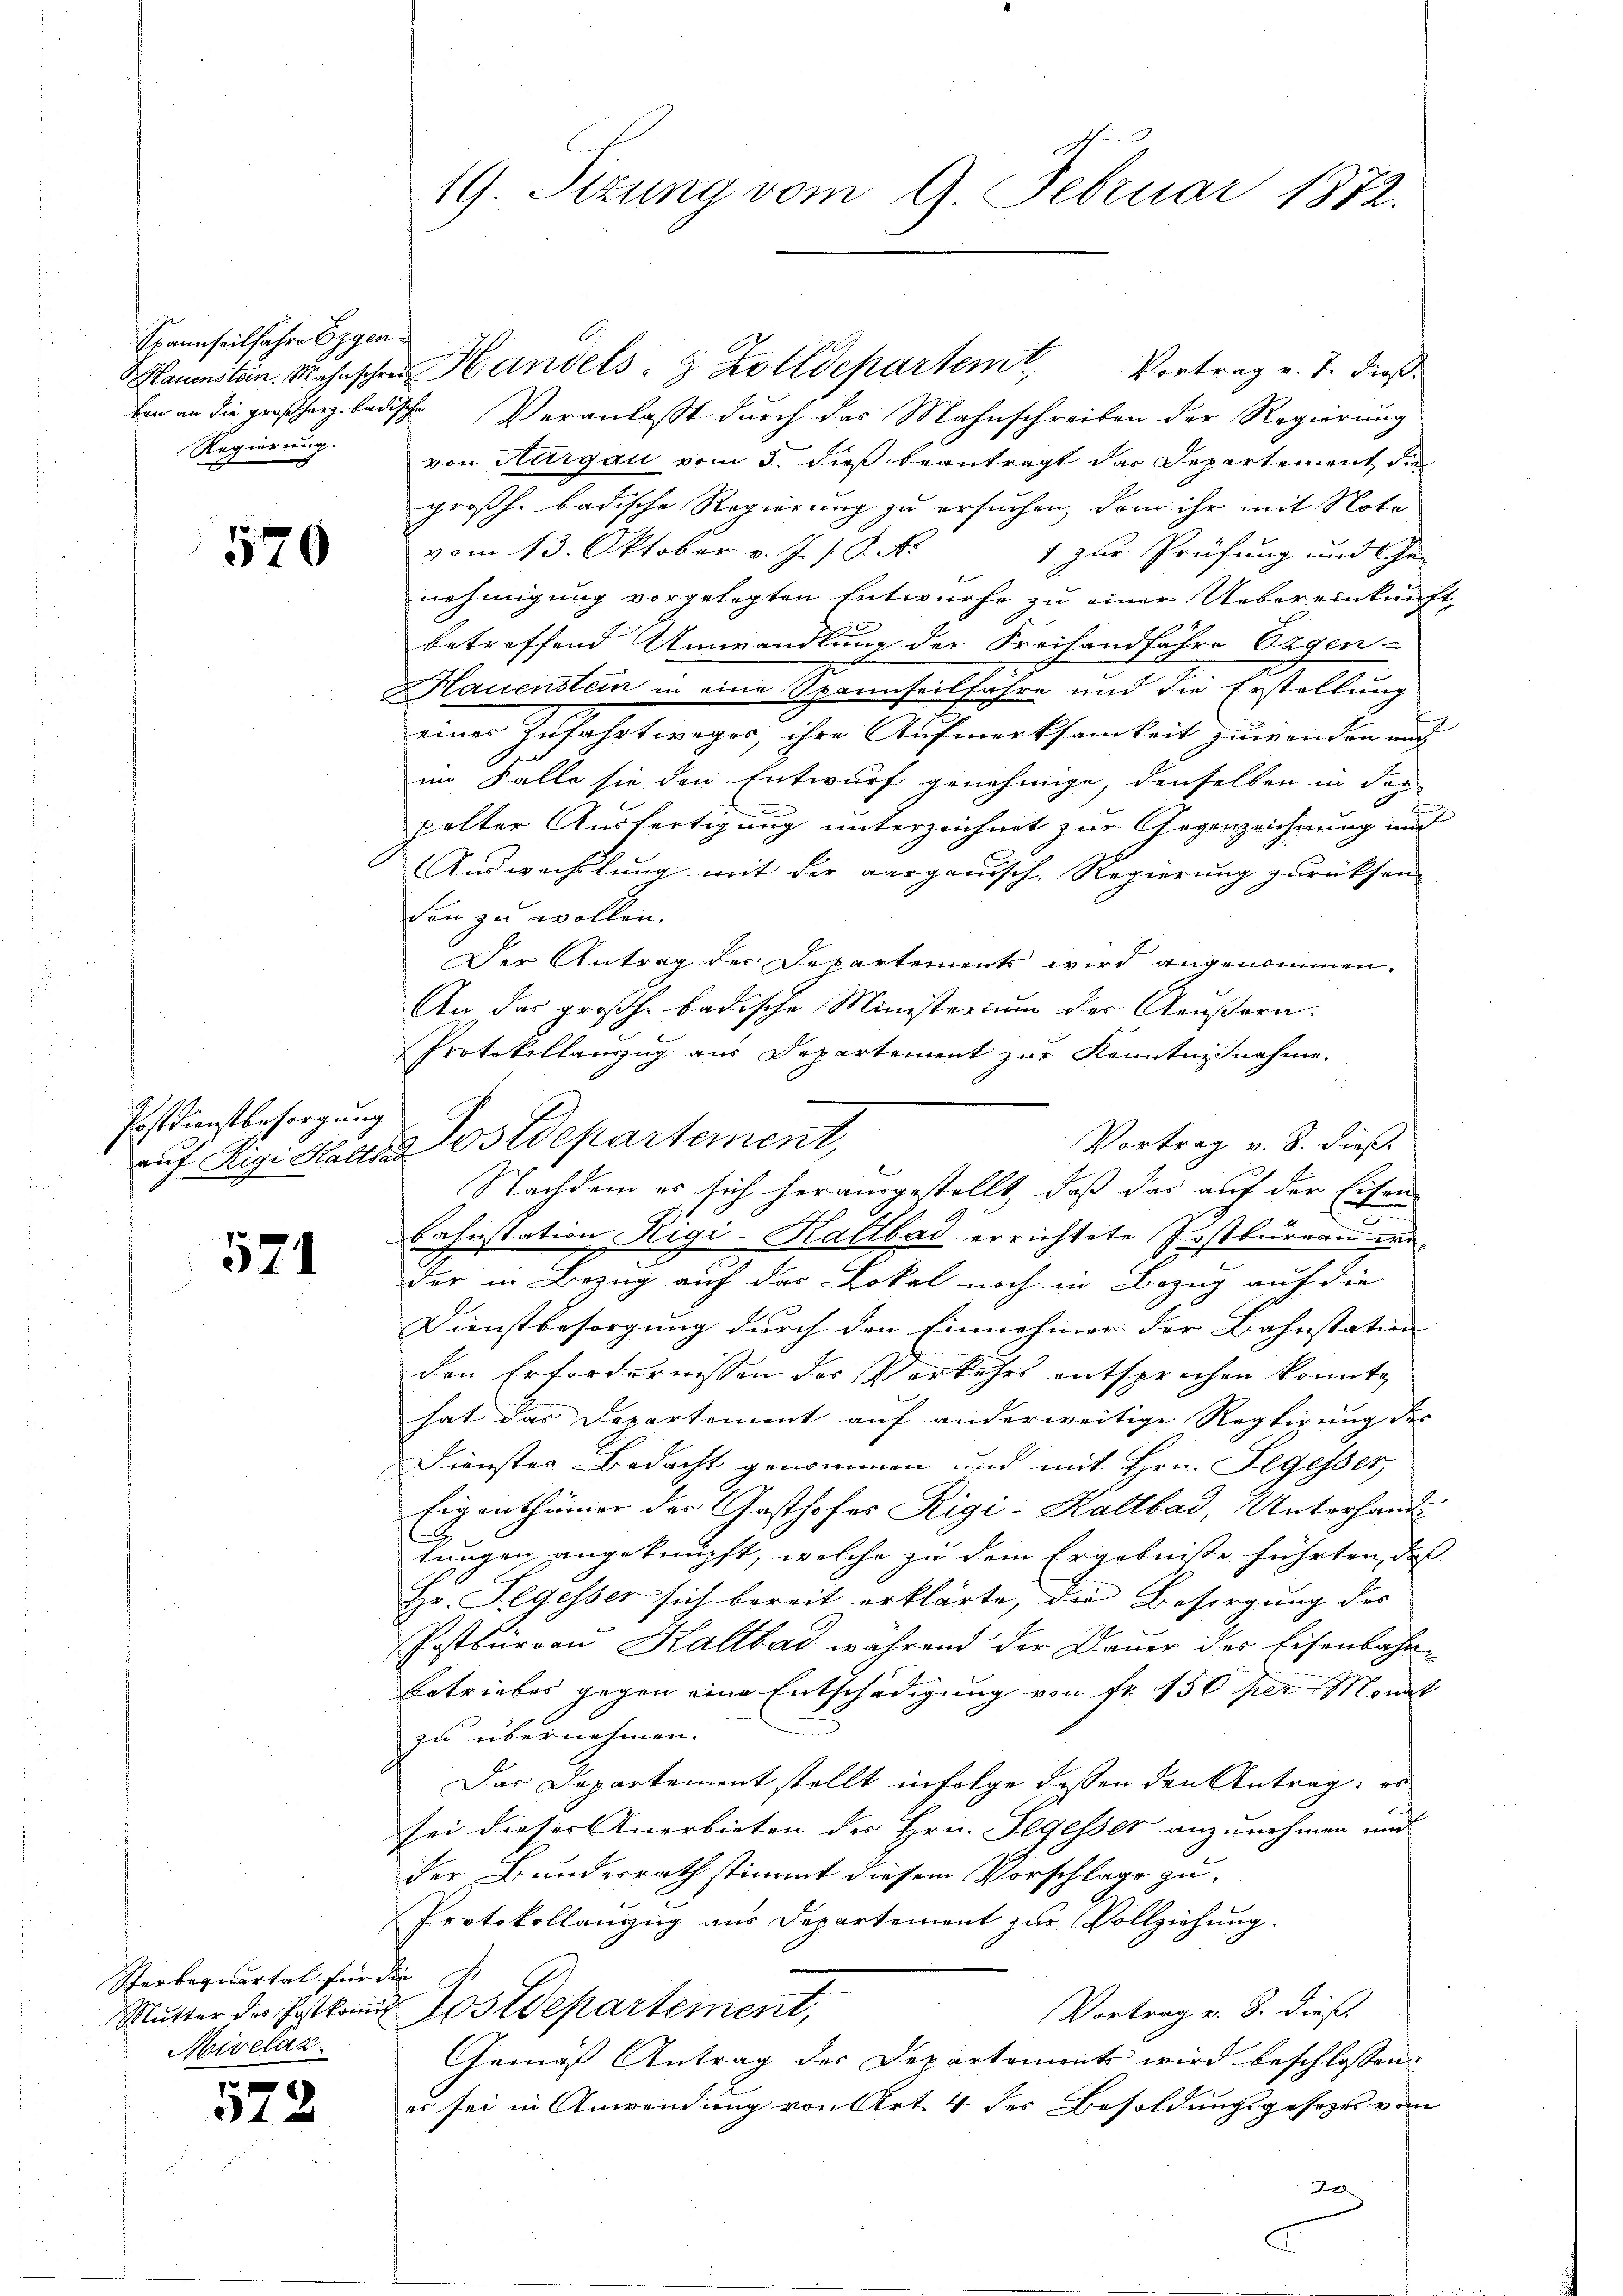
Spannseilfahre Eggen
Regierung.
2

520

Postdienstbesorgung

Sterbequartal für die
Mivelaz

572

Vortrag v. J. dieß.
Hauensten. Mahnschen Handels- & Zolldepartemt,
ben an die großherz badische Veranlaßt durch das Mahnschreiben der Regierung
von Aargau vom 5. dieß beantragt das Departement die
großh. badische Regierung zu ersuchen, dem ihr mit Note
vom 13. Oktober v. J. J. J. N
1 zur Prüfung und Genehmigung vorgelegten Entwurfe zu einer Uebereinkunft,
e
betreffend Umwandlung der Freihandfahre Ergen-
Hauenstein in eine Spennseilfahre und die Erstellung
einer Zufahrtweges, ihre Aufmerksamkeit zuwenden und
im Falle sie den Entwurf genehmige, denselben in doc
palter Ausfertigung unterzeichnet zur Gegenzeichnung und
Auswechslung mit der aargauisch. Regierung zurücksen
ven zu wollen.
Der Antrag der Departements wird angenommen.
An das großh. badische Ministerium der Aeußern.
Protokollanzug aus Departement zur Kenntnisnahme.
Vortrag v. 8. dieß.
Nachdem es sich herausgestellt, daß das auf der Eisen-
bahnstation Rigi-Kaltbad errichtete Postbüreau we¬
 der in Bezug auf der Lokal noch in Bezug auf die
Dienstbesorgung durch den Einnehmer der Bahnstation |
den Erfordernissen des Verkehrs entsprechen konnte,
hat das Departement auf anderweitige Rogtigung des
Dienstes Bedacht genommen und mit Hrn. Segesser,
Eigenthümer der Gasthofes Rigi-Kaltbar, Unterhandlungen angeknüpft, welche zu dem Ergebnisse führten, daß
Hr. Segesser sich bereit erklärte, die Besorgung des
Postbureau Kaltbad während der Dauer des Eisenbahn¬
Betriebes gegen eine Entschädigung von Fr. 150 per Monat
zu übernehmen.
Das Departement stellt infolge dassen den Antrag: es
sei dieses Anerbieten der Hrn. Segesser anzunehmen und
der Bundesrath stimmt diesem Vorschlage zu
Protokollanzug aus Departement zur Vollziehung.
Vortrag v. 8. dieß.
Mutter des Postkam Postdepartement,
Gemäß Antrag der Departements wird beschlossen:
es sei in Anwendung von Art. 4 des Besoldungsgesezes vom
2
G

19. Sizung vom 9. Februar 1872.

auf Rigi Hande Postdepartement,